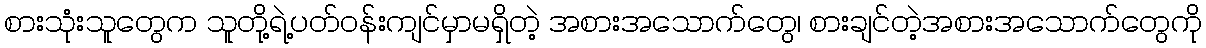
စားသုံးသူတွေက သူတို့ရဲ့ပတ်ဝန်းကျင်မှာမရှိတဲ့ အစားအသောက်တွေ၊ စားချင်တဲ့အစားအသောက်တွေကို